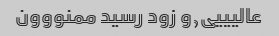
عالیییی,و زود رسید ممنووون